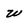
Character: w